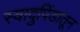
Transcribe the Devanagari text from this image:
स्वादुपिंडातून